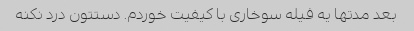
بعد مدتها یه فیله سوخاری با کیفیت خوردم. دستتون درد نکنه